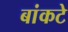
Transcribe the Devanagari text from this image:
बांकटे